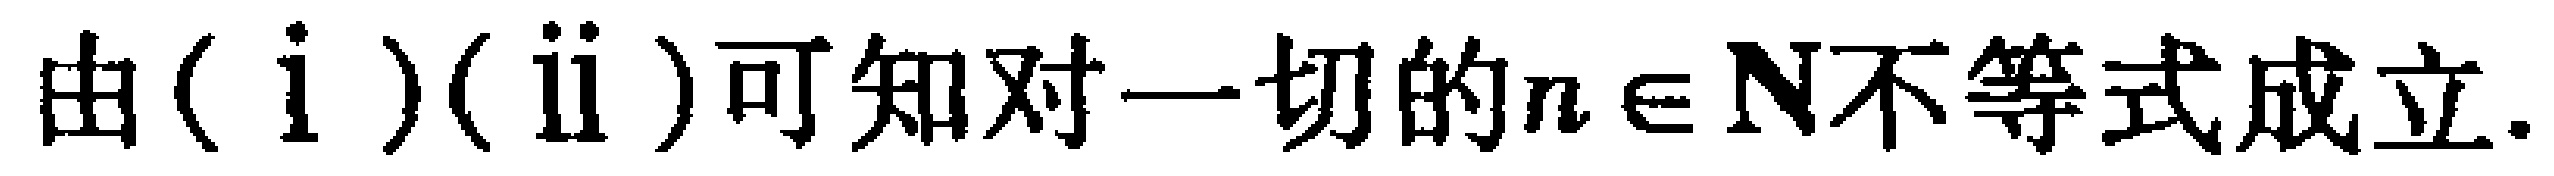
由\((\mathrm{i})(\mathrm{ii})\)可知对一切的\(n \in \mathbf{N}\)不等式成立.